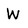
Character: W